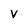
Character: v